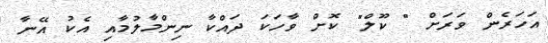
އަހަރެން ވަރަށް " ކޫލް" ކޮށް ވާހަކަ ދައްކާ ނިންމާލުމާއި އެކު އޭނާ